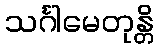
သင်္ဂါမေတုန္တိ